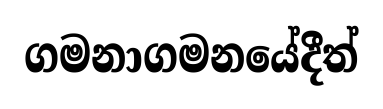
ගමනාගමනයේදීත්